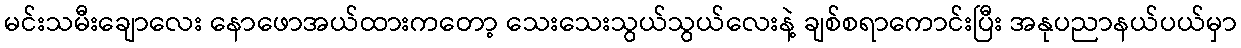
မင်းသမီးချောလေး နောဖောအယ်ထားကတော့ သေးသေးသွယ်သွယ်လေးနဲ့ ချစ်စရာကောင်းပြီး အနုပညာနယ်ပယ်မှာ